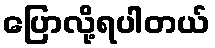
ပြောလို့ရပါတယ်